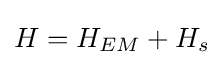
H=H_{EM}+H_{s}